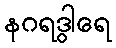
နဂရဒွါရေ